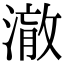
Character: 𭲋